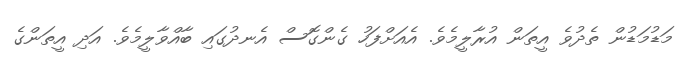
މަޑުމަޑުން ތެދުވެ އީތަން އުރާލީމެވެ. އެއަށްފަހު ގެންގޮސް އެނދުގައި ބާއްވާލީމެވެ. އަދި އީތަންގެ